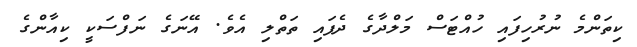
ކިތަންމެ ނުރުހިފައި ހުއްޓަސް މަލްދާގެ ދެފައި ތަތްލި އެވެ. އޭނަގެ ނަފްސަކީ ކިއާންގެ